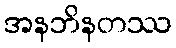
အနဘိနတဿ